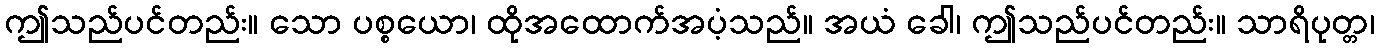
ဤသည်ပင်တည်း။ သော ပစ္စယော၊ ထိုအထောက်အပံ့သည်။ အယံ ခေါ၊ ဤသည်ပင်တည်း။ သာရိပုတ္တ၊